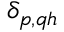
\delta _ { p , q h }